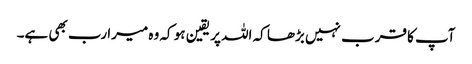
آپ کا قرب نہیں بڑھا کہ اللہ پر یقین ہو کہ وہ میرا رب بھی ہے۔